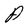
Character: A